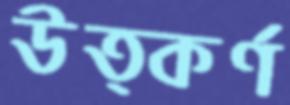
উত্কর্ণ